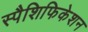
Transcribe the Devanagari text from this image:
स्पैशिफिकेशन